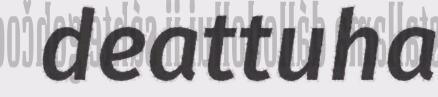
deattuha